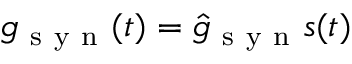
g _ { \mathrm { ~ s ~ y ~ n ~ } } ( t ) = \hat { g } _ { \mathrm { ~ s ~ y ~ n ~ } } s ( t )